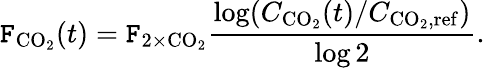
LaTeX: \mathtt{F}_{\mathrm{{CO}}_{2}}(t)=\mathtt{F}_{2\times\mathrm{{CO}}_{2}}\frac{{\log(C_{\mathrm{{CO}}_{2}}(t)/C_{\mathrm{{CO}}_{2},\mathrm{{ref}}})}}{{\log2}}.